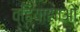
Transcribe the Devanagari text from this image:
व्हियासाओ